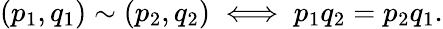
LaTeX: \left(p_{1},q_{1}\right)\sim\left(p_{2},q_{2}\right)\iff p_{1}q_{2}=p_{2}q_{1}.